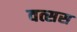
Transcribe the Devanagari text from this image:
वत्सस